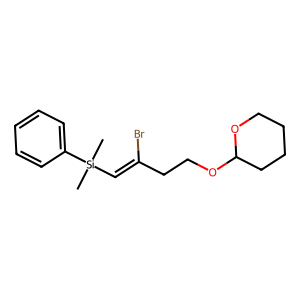
SMILES: C[Si](C)(C=C(Br)CCOC1CCCCO1)c1ccccc1
Inhibits HIV replication: No